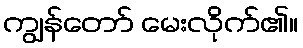
ကျွန်တော် မေးလိုက်၏။